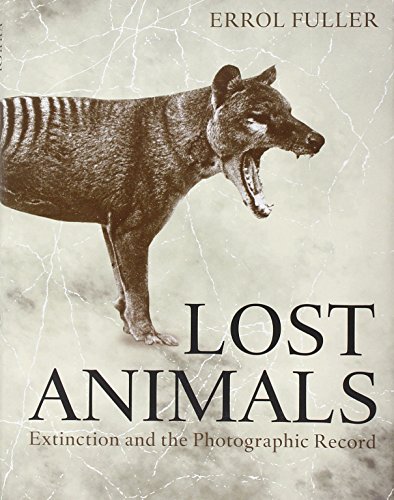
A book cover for Lost Animals: Extinction and the Photographic Record; Errol Fuller; Science & Math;